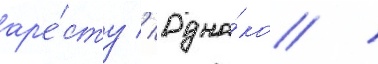
ар'е́сту // Одна́ко /